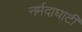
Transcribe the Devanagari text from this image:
नर्मदाघाटी